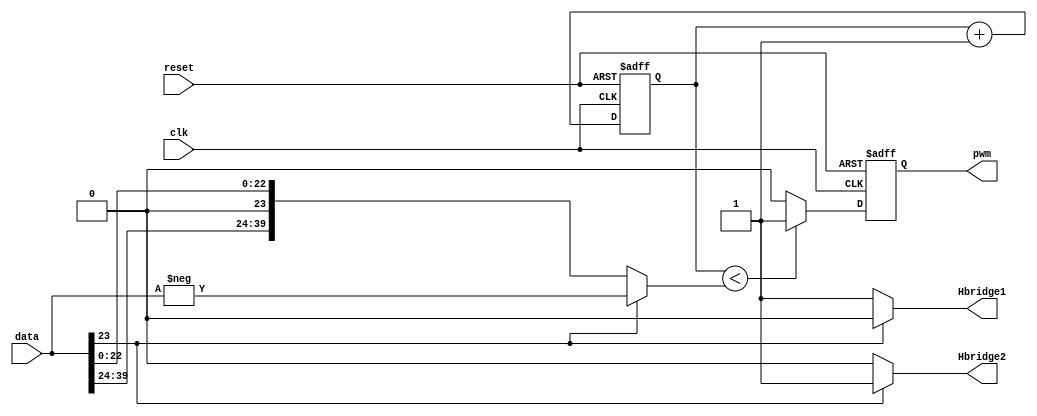
module pwmmodule(data,reset,clk,pwm,Hbridge1,Hbridge2);
input signed[39:0] data;
input clk;
input reset;
output reg pwm;
output reg Hbridge1,Hbridge2;

reg [39:0] cnt;
reg [39:0] value;

always@*
	if(data[23])
			begin
				value = -data;//value range from 0-32787? The absolute value of data
				Hbridge1 = 1'b0;
				Hbridge2 = 1'b1;
			end
		else
			begin
				value = data;
				Hbridge1 = 1'b1;
				Hbridge2 = 1'b0;
			end
/*always@*
	begin
		value_r[15:1] = value[14:0];
		value_r[0] = 1'b0;
	end
*/
always@(posedge clk or negedge reset)
		if(!reset)
			cnt <= 39'd0;
		else
			cnt <= cnt + 1'b1; 
//pwm	
always@(posedge clk or negedge reset)
		if (!reset)
				pwm <= 1'b0;
		else
			begin
				if(cnt < value)
				pwm <= 1'b1;
				else
				pwm <= 1'b0;
			end
endmodule